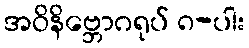
အဝိနိဗ္ဘောဂရုပ် ၈-ပါး